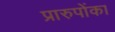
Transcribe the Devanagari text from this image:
प्रारुपोंका